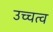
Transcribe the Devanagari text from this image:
उच्चत्व